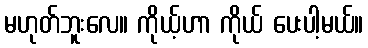
မဟုတ်ဘူးလေ။ ကိုယ့်ဟာ ကိုယ် ပေးပါ့မယ်။